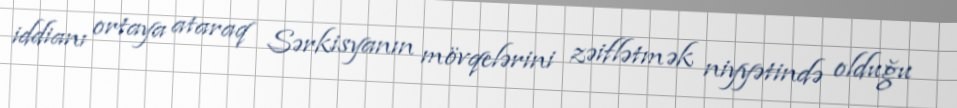
iddianı ortaya ataraq Sərkisyanın mövqelərini zəiflətmək niyyətində olduğu